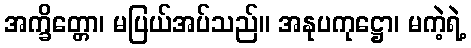
အက္ခိတ္တော၊ မပြယ်အပ်သည်။ အနုပကုဋ္ဌော၊ မကဲ့ရဲ့